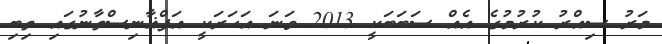
މަރު ސިއްރު ކުރުމުގެ އެއް ސަބަބަކީ 2013 ވަނަ އަހަރަކީ އަފްޣާނިސްތާނުގައި ތިބި